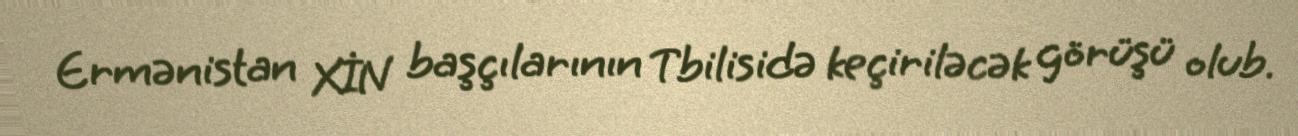
Ermənistan XİN başçılarının Tbilisidə keçiriləcək görüşü olub.